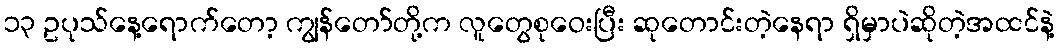
၁၃ ဥပုသ်နေ့ရောက်တော့ ကျွန်တော်တို့က လူတွေစုဝေးပြီး ဆုတောင်းတဲ့နေရာ ရှိမှာပဲဆိုတဲ့အထင်နဲ့